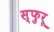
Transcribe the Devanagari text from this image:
स्फुरू